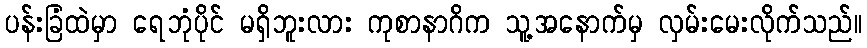
ပန်းခြံထဲမှာ ရေဘုံပိုင် မရှိဘူးလား ကုစာနာဂိက သူ့အနောက်မှ လှမ်းမေးလိုက်သည်။